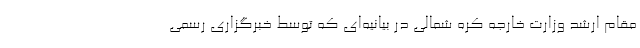
مقام ارشد وزارت خارجه کره شمالی در بیانیه‌ای که توسط خبرگزاری رسمی